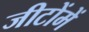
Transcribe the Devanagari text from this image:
जीटोंमें